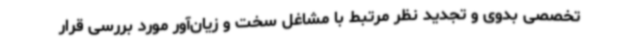
تخصصی بدوی و تجدید نظر مرتبط با مشاغل سخت و زیان‌آور مورد بررسی قرار